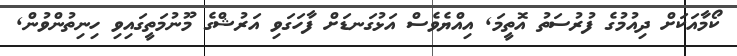
ކޯމާއަކަށް ދިއުމުގެ ފުރުސަތު އޮތީމަ